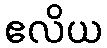
ဧလိယ